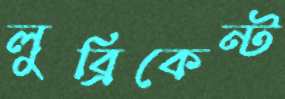
লুব্রিকেন্ট